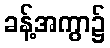
ခန့်အကွာ၌